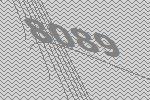
8089